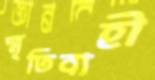
স্মৃতিবাহী